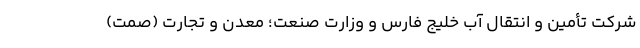
شرکت تأمین و انتقال آب خلیج فارس و وزارت صنعت؛ معدن و تجارت (صمت)